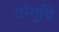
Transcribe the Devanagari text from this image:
तोगुचि